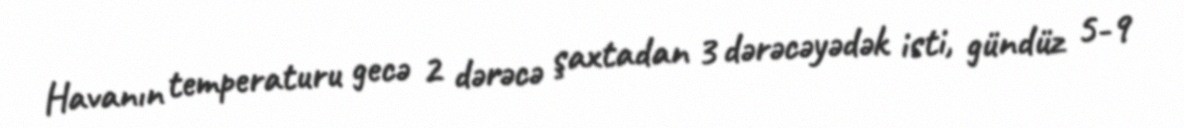
Havanın temperaturu gecə 2 dərəcə şaxtadan 3 dərəcəyədək isti, gündüz 5-9